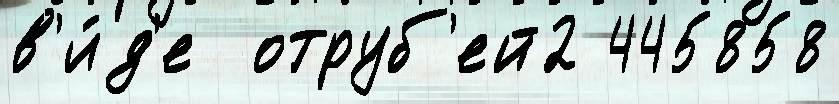
в'и́д'е  отруб'ей2 445858